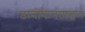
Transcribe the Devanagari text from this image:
डायोफेनताइन